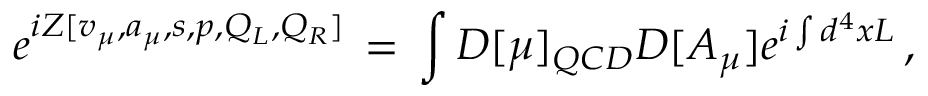
e ^ { i { \cal Z } [ v _ { \mu } , a _ { \mu } , s , p , Q _ { L } , Q _ { R } ] } \, = \, \int { \cal D } [ \mu ] _ { Q C D } { \cal D } [ A _ { \mu } ] e ^ { i \int d ^ { 4 } x { \cal L } } \, ,